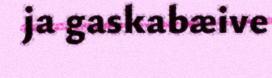
ja gaskabæive